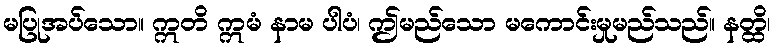
မပြုအပ်သော။ ဣတိ ဣမံ နာမ ပါပံ၊ ဤမည်သော မကောင်းမှုမည်သည်။ နတ္ထိ၊